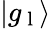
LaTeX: \left|g_{\mathrm{~l~}}\right>